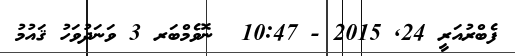
ފެބްރުއަރީ 24